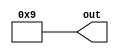
module capricious_bits (
  output [3:0] out
);

assign out = 4'd9;

endmodule